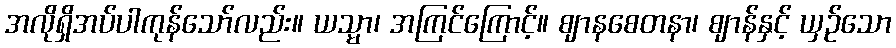
အလိုရှိအပ်ပါကုန်သော်လည်း။ ယသ္မာ၊ အကြင်ကြောင့်။ ဈာနစေတနာ၊ ဈာန်နှင့် ယှဉ်သော